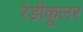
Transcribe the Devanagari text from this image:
रेडीकूलर